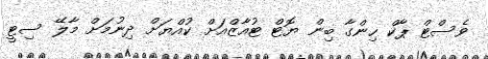
ވެސްޓް ޕާކް ހިންގާ ބިން ޔޮޓް ޓުއާޒްއަށް ކުއްޔަށް ދިނުމަށް މާލޭ ސިޓީ